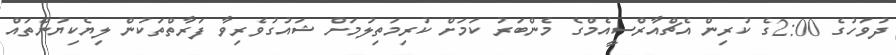
ދުވަހުގެ 2:00ގެ ކުރިން އެޗްއާރްސީއެމްގެ މެންބަރު ކަމަށް ކުރިމަތިލުމަށް ޝައުގުވެރިވާ ފަރާތްތަކުން ލިޔެކިޔުންތައް